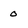
Character: 0